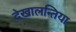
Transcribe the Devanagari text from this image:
देखालन्तिया